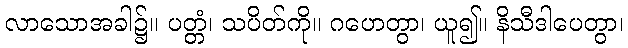
လာသောအခါ၌။ ပတ္တံ၊ သပိတ်ကို။ ဂဟေတွာ၊ ယူ၍။ နိသီဒါပေတွာ၊